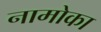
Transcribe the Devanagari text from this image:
नामोका